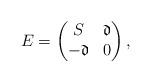
LaTeX: \begin{align*} E=\begin{pmatrix} S &\mathfrak{d}\\ -\mathfrak{d} &0 \end{pmatrix}, \end{align*}